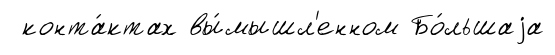
конта́ктах вы́мышл'енном Бо́льшаjа